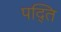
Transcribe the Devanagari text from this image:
पद्ति